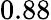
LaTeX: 0.88